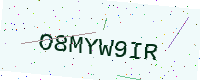
Text: O8MYW9IR